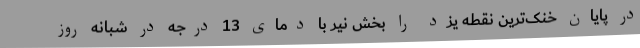
در پایان خنک‌ترین نقطه یزد را بخش نیر با دمای 13 درجه در شبانه روز